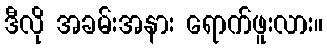
ဒီလို အခမ်းအနား ရောက်ဖူးလား။